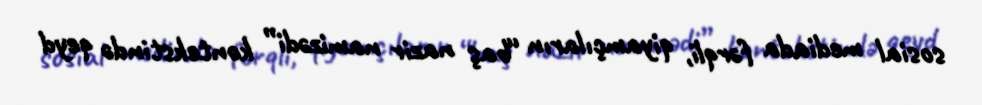
sosial mediada fərqli, qiyamçıların “baş nazir namizədi” kontekstində qeyd